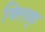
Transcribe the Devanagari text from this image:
क्लिक्